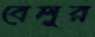
বেলুর